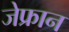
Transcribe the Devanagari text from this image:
जेफ्रान